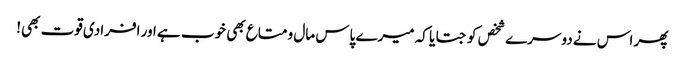
پھر اس نے دوسرے شخص کو جتایا کہ میرے پاس مال و متاع بھی خوب ہے اور افرادی قوت بھی!